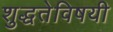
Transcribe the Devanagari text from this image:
शुद्धतेविषयी